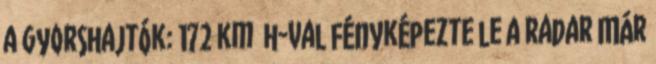
a gyorshajtók: 172 km h-val fényképezte le a radar Már